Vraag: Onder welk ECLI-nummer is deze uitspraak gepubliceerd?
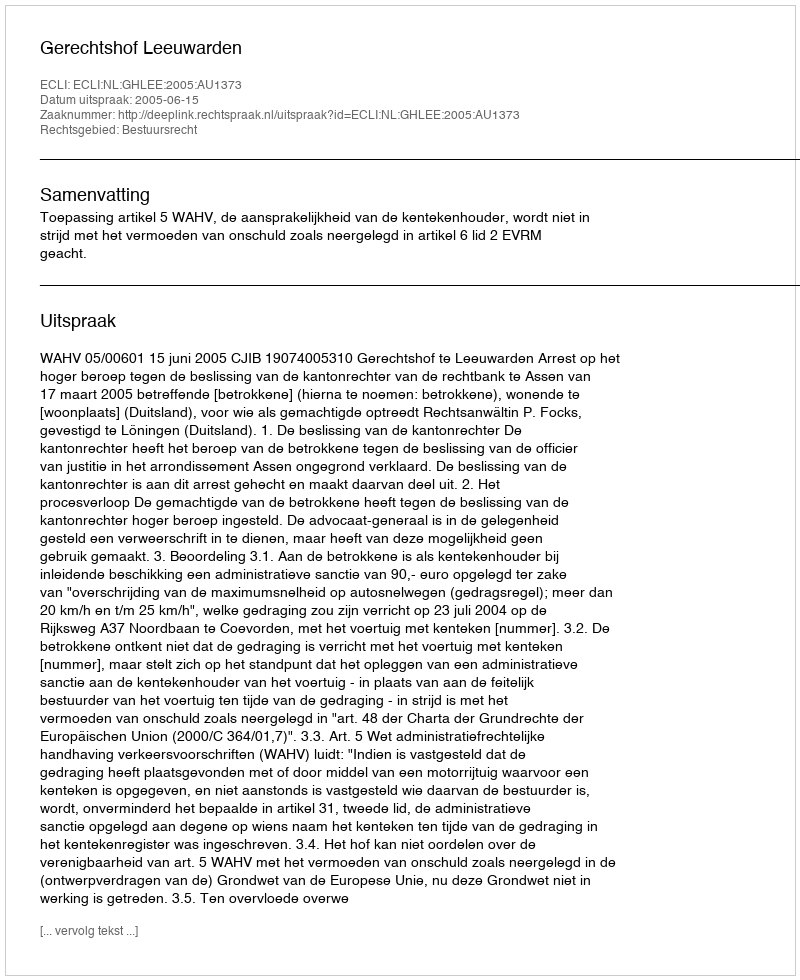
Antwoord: ECLI:NL:GHLEE:2005:AU1373